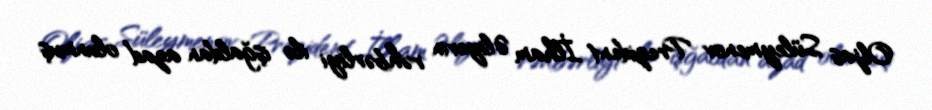
Oljas Süleymenov Prezident İlham Əliyevin rəhbərliyi ilə işğaldan azad olunmuş